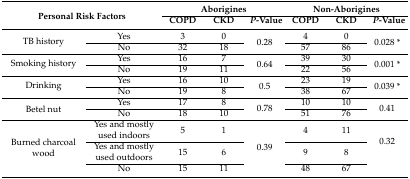
| <ROWSPAN=2-COLSPAN=2> Personal Risk Factors | <COLSPAN=3> Aborigines | <COLSPAN=3> Non-Aborigines |
 | COPD | CKD | P-Value | COPD | CKD | P-Value |
 | --- | --- | --- | --- | --- | --- | --- | --- |
 | <ROWSPAN=2> TB history | Yes | 3 | 0 | <ROWSPAN=2> 0.28 | 4 | 0 | <ROWSPAN=2> 0.028 * |
 | No | 32 | 18 | 57 | 86 |
 | <ROWSPAN=2> Smoking history | Yes | 16 | 7 | <ROWSPAN=2> 0.64 | 39 | 30 | <ROWSPAN=2> 0.001 * |
 | No | 19 | 11 | 22 | 56 |
 | <ROWSPAN=2> Drinking | Yes | 16 | 10 | <ROWSPAN=2> 0.5 | 23 | 19 | <ROWSPAN=2> 0.039 * |
 | No | 19 | 8 | 38 | 67 |
 | <ROWSPAN=2> Betel nut | Yes | 17 | 8 | <ROWSPAN=2> 0.78 | 10 | 10 | <ROWSPAN=2> 0.41 |
 | No | 18 | 10 | 51 | 76 |
 | <ROWSPAN=3> Burned charcoal wood | Yes and mostly used indoors | 5 | 1 | <ROWSPAN=3> 0.39 | 4 | 11 | <ROWSPAN=3> 0.32 |
 | Yes and mostly used outdoors | 15 | 6 | 9 | 8 |
 | No | 15 | 11 | 48 | 67 |